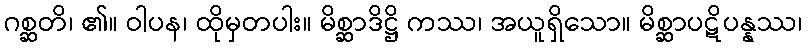
ဂစ္ဆတိ၊ ၏။ ဝါပန၊ ထိုမှတပါး။ မိစ္ဆာဒိဋ္ဌိ ကဿ၊ အယူရှိသော။ မိစ္ဆာပဋိပန္နဿ၊